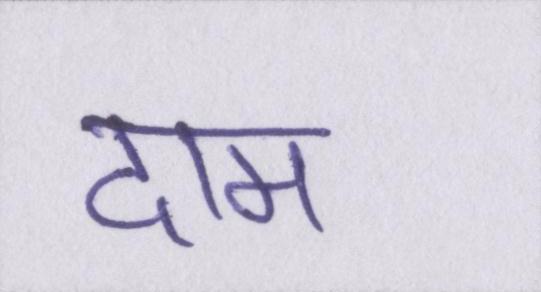
दाम